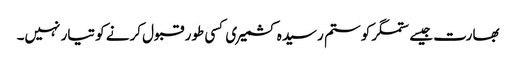
بھارت جیسے ستمگر کو ستم رسیدہ کشمیری کسی طور قبول کرنے کو تیار نہیں۔